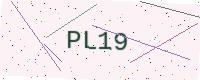
Text: PL19